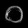
Digit: ၀